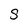
Character: s